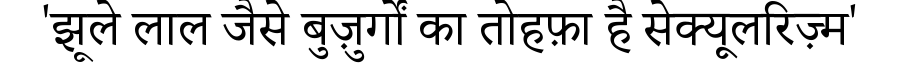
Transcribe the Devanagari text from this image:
'झूले लाल जैसे बुज़ुर्गों का तोहफ़ा है सेक्यूलरिज़्म'